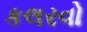
કલરવો